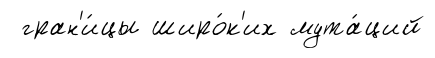
гран'и́цы широ́к'их мута́ций